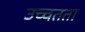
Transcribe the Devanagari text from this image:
उच्चतता